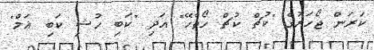
ކަރަން ޖޯހަރުގެ "ކުޗް ކުޗް ހޯތާހޭ" އަދި "ކަބި ހުޝި ކަބި ޣަމް"